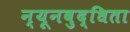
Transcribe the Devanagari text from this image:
न्यूनबुद्धिता